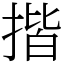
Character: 揩